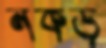
নকড়